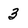
Character: 3